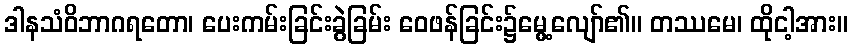
ဒါနသံဝိဘာဂရတော၊ ပေးကမ်းခြင်းခွဲခြမ်း ဝေဖန်ခြင်း၌မွေ့လျော်၏။ တဿမေ၊ ထိုငါ့အား။